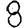
Digit: 8